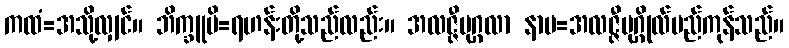
ကထံ=အသို့လျှင်။ ဘိက္ခူပိ=ရဟန်းတို့သည်လည်း။ အလဇ္ဇီပုဂ္ဂလာ နာမ=အလဇ္ဇီပုဂ္ဂိုလ်မည်ကုန်သည်။